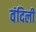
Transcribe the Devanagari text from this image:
वंदिली